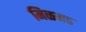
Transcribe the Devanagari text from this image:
मिळनऽ